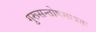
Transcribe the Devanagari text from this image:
गुरूसन्तोषमात्रतः